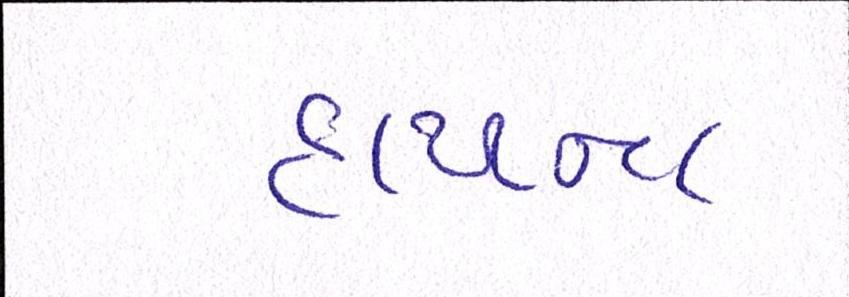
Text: હાયના